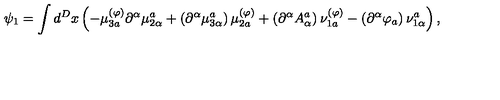
\psi _ { 1 } = \int d ^ { D } x \left( - \mu _ { 3 a } ^ { ( \varphi ) } \partial ^ { \alpha } \mu _ { 2 \alpha } ^ { a } + \left( \partial ^ { \alpha } \mu _ { 3 \alpha } ^ { a } \right) \mu _ { 2 a } ^ { ( \varphi ) } + \left( \partial ^ { \alpha } A _ { \alpha } ^ { a } \right) \nu _ { 1 a } ^ { ( \varphi ) } - \left( \partial ^ { \alpha } \varphi _ { a } \right) \nu _ { 1 \alpha } ^ { a } \right) ,